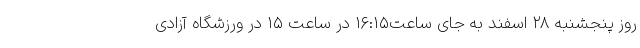
روز پنجشنبه ۲۸ اسفند به جای ساعت۱۶:۱۵ در ساعت ۱۵ در ورزشگاه آزادی